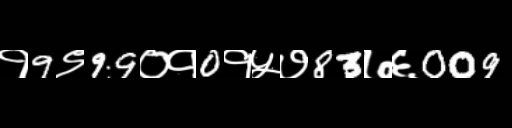
Text: १9९99०१0१५७83७६009